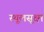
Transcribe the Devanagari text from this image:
स्थूलसूक्ष्म